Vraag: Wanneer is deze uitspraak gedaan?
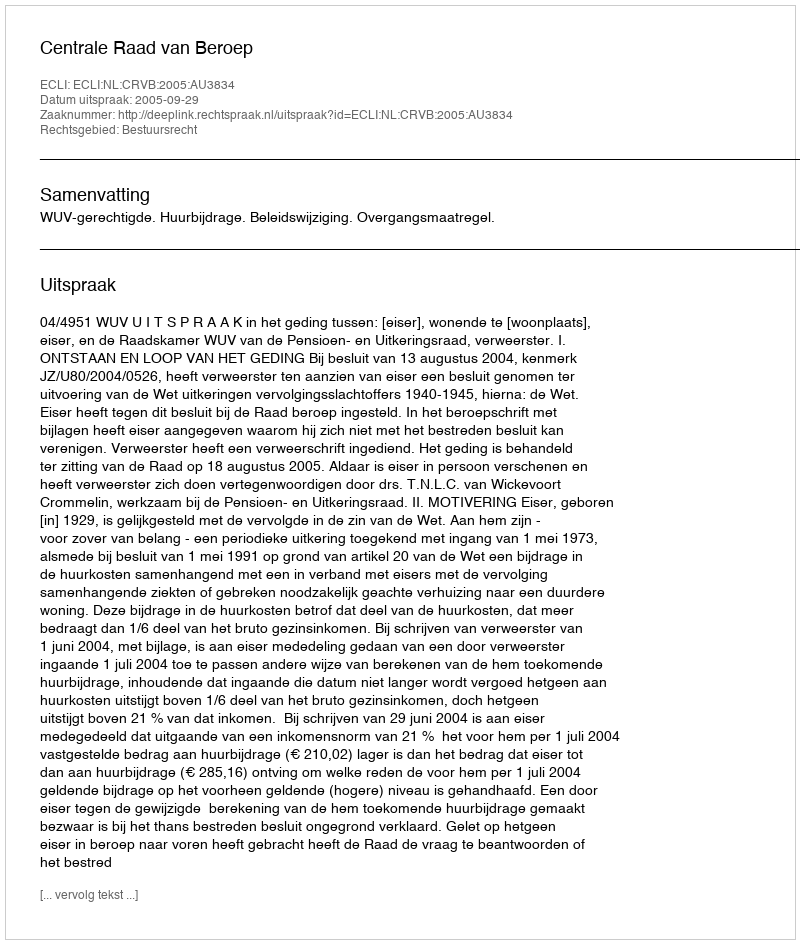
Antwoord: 2005-09-29